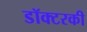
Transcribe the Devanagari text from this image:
डॉक्टरकी